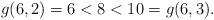
LaTeX: \begin{align*}g(6,2)=6<8<10=g(6,3).\end{align*}